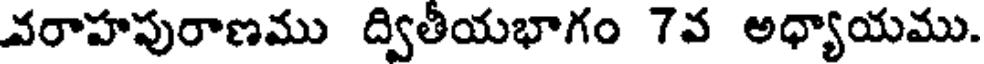
వరాహపురాణము ద్వితీయభాగం 7వ అధ్యాయము.